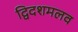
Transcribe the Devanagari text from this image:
द्विदशमलव